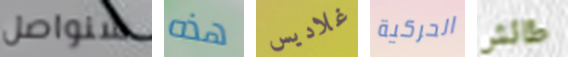
سنواصل هذه غلاديس الحركية طائش